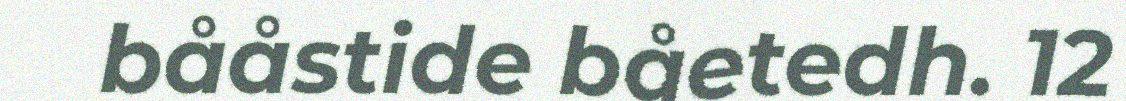
bååstide båetedh. 12